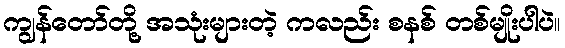
ကျွန်တော်တို့ အသုံးများတဲ့ ကလည်း စနစ် တစ်မျိုးပါပဲ။